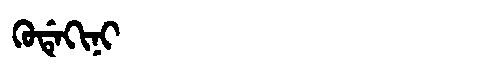
Manchu: ᡴᡠᡩᡝᡴᡳᠨᡳ
Romanization: KUDEKINI